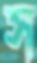
স